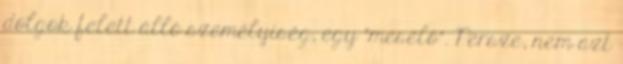
dolgok felett álló személyiség, egy “mesélő”. Persze, nem azt